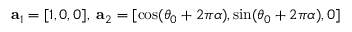
{ \bf a } _ { 1 } = [ 1 , 0 , 0 ] , \; { \bf a } _ { 2 } = [ \cos ( \theta _ { 0 } + 2 \pi \alpha ) , \sin ( \theta _ { 0 } + 2 \pi \alpha ) , 0 ]